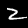
Label: 2